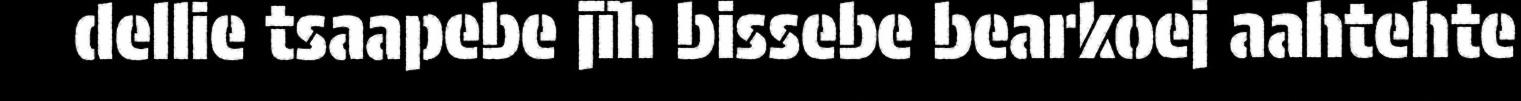
dellie tsaapebe jïh bissebe bearkoej aahtehte